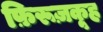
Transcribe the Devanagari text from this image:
फ़िरूज़कूह